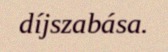
díjszabása.